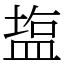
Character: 𥂁